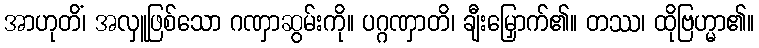
အာဟုတိံ၊ အလှူဖြစ်သော ဂဏှာဆွမ်းကို။ ပဂ္ဂဏှာတိ၊ ချီးမြှောက်၏။ တဿ၊ ထိုဗြဟ္မာ၏။